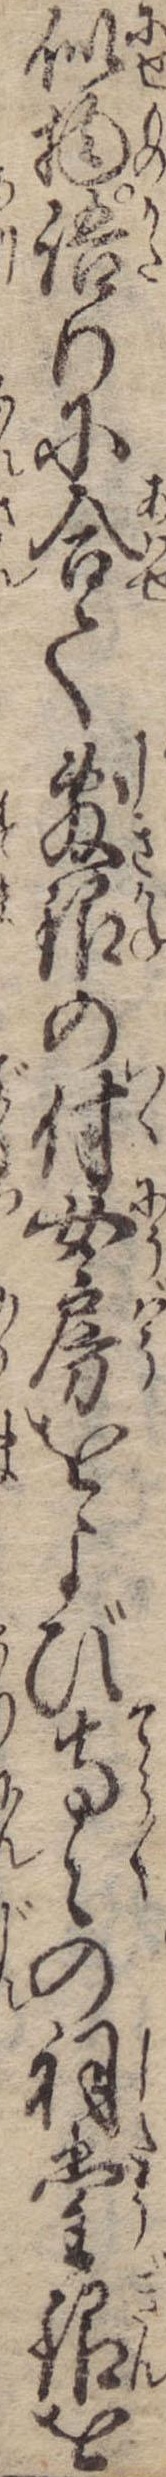
似物語りに合て敷銀の付女房をよび寺々の祠堂銀を